Report of the Indian Hemp Drugs Commission, 1894-1895 - Volume I
Year: 1894
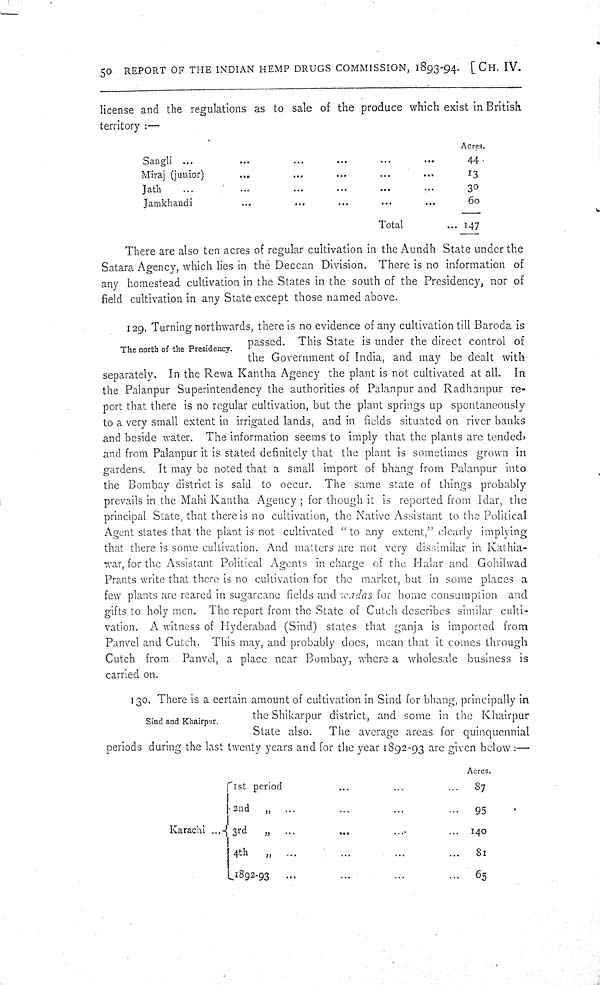
50 REPORT OF THE INDIAN HEMP DRUGS COMMISSION, 1893-94. [CH. IV.
license and the regulations as to sale of the produce which exist in British
territory:—
Acres.
Sangli
44
Miraj (junior)
13
Jath
30
Jamkhandi
60
Total
147
There are also ten acres of regular cultivation in the Aundh State under the
Satara Agency, which lies in the Deccan Division. There is no information of
any homestead cultivation in the States in the south of the Presidency, nor of
field cultivation in any State except those named above.
The north of the Presidency.
129. Turning northwards, there is no evidence of any cultivation till Baroda is
passed. This State is under the direct control of
the Government of India, and may be dealt with
separately. In the Rewa Kantha Agency the plant is not cultivated at all. In
the Palanpur Superintendency the authorities of Palanpur and Radhanpur re-
port that there is no regular cultivation, but the plant springs up spontaneously
to a very small extent in irrigated lands, and in fields situated on river banks
and beside water. The information seems to imply that the plants are tended,
and from Palanpur it is stated definitely that the plant is sometimes grown in
gardens. It may be noted that a small import of bhang from Palanpur into
the Bombay district is said to occur. The same state of things probably
prevails in the Mahi Kantha Agency; for though it is reported from Idar, the
principal State, that there is no cultivation, the Native Assistant to the Political
Agent states that the plant is not cultivated "to any extent," clearly implying
that there is some cultivation. And matters are not very dissimilar in Kathia-
war, for the Assistant Political Agents in charge of the Halar and Gohilwad
Prants write that there is no cultivation for the market, but in some places a
few plants are reared in sugarcane fields and wadas for home consumption and
gifts to holy men. The report from the State of Cutch describes similar culti-
vation. A witness of Hyderabad (Sind) states that ganja is imported from
Panvel and Cutch. This may, and probably does, mean that it comes through
Cutch from Panvel, a place near Bombay, where a wholesale business is
carried on.
Sind and Khairpur.
130. There is a certain amount of cultivation in Sind for bhang, principally in
the Shikarpur district, and some in the Khairpur
State also.
The average areas for quinquennial
periods during the last twenty years and for the year 1892-93 are given below:—
Acres.
1st period
87
2nd
"
95
Karachi
3rd "
140
4th "
81
1892-93
65